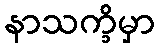
နာသက္ခိမှာ